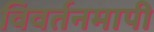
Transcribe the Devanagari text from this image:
विवर्तनमापी